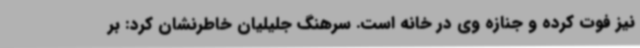
نیز فوت کرده و جنازه وی در خانه است. سرهنگ جلیلیان خاطرنشان کرد: بر